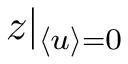
z | _ { \langle u \rangle = 0 }